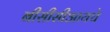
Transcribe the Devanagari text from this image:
बीसीसीआयचे